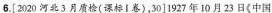
6.[2020河北3月质检(课标I卷)，30]1927年10月23日《中国